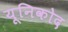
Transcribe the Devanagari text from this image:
यूनिकोद